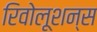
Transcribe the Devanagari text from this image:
रिवोलूशन्स